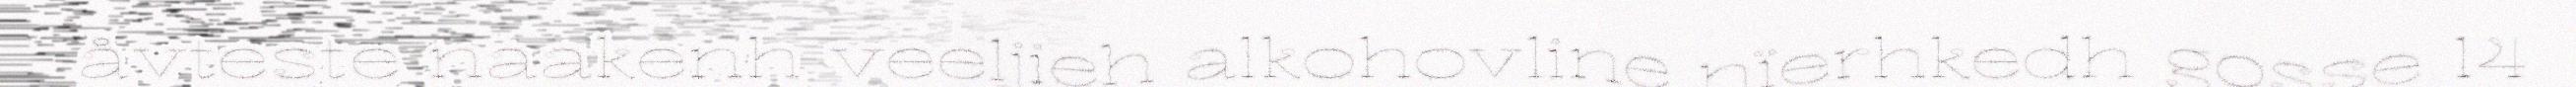
åvteste naakenh veeljieh alkohovline nïerhkedh gosse 14